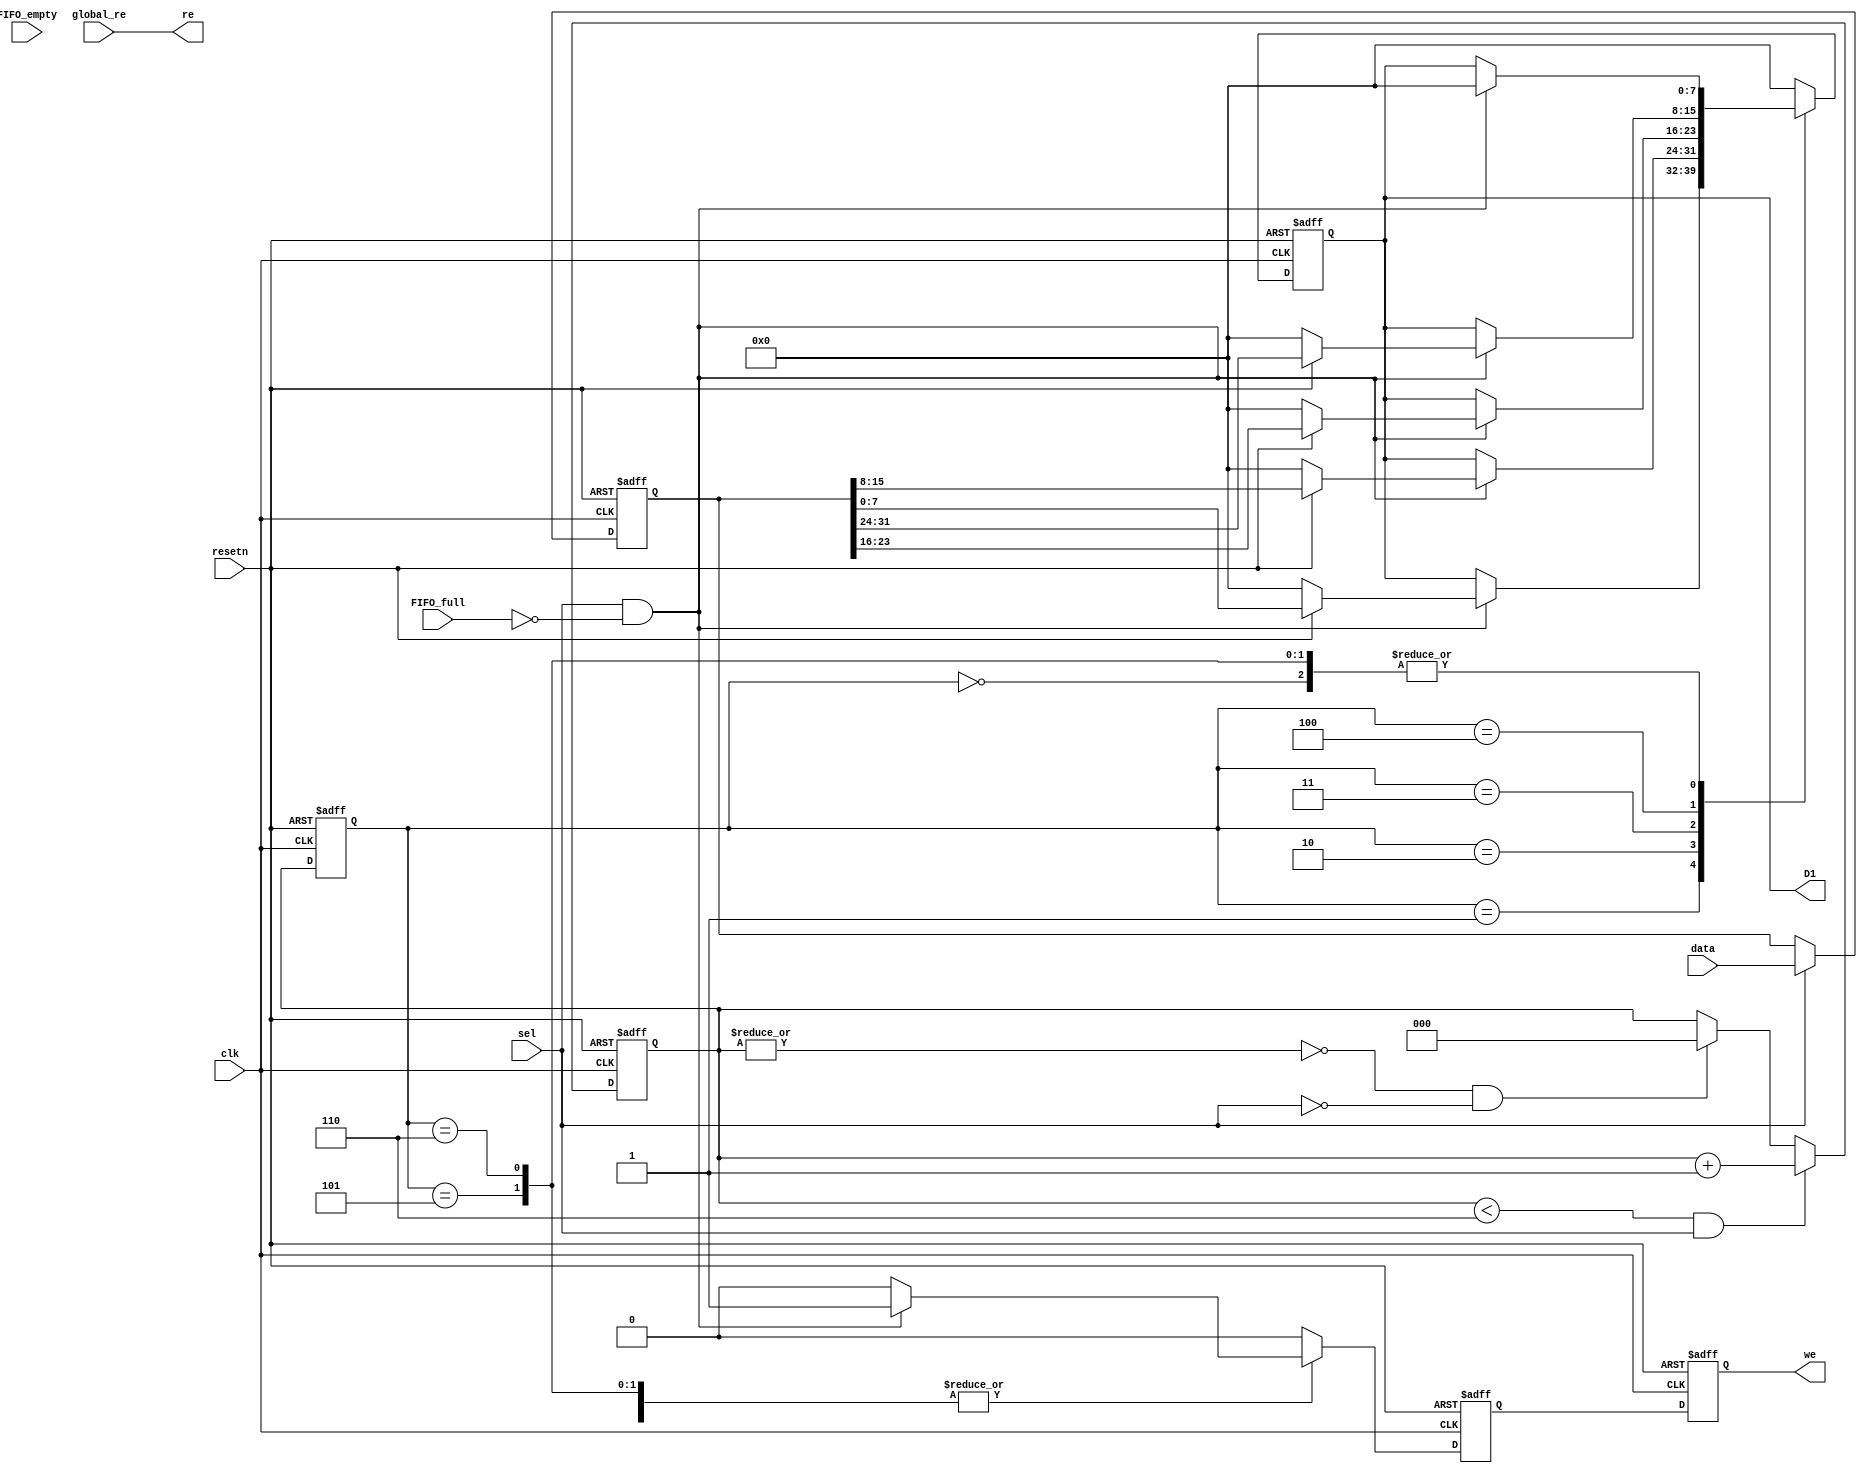
module Data_Sequencer_V3_N2_W2 (
 // Global Clock and Reset
 input clk, 
 input resetn, 
 // Global Select
 input sel, 
 // Payload
 input [31:0] data,
 // Alignment FIFO Status 
 input FIFO_full, 
 input FIFO_empty, 
 // Global Read Enable Signal 
 input global_re, 
 // Alignment We 
 output we, 
 // Alignment Re
 output re, 
 // Sequencer Dataout
 output [7:0] D1
);


// Bug Fix -> Sel Data Storage Issue

reg [31:0] dataQ_f; 

always @ (posedge clk or negedge resetn) begin 
  if (~resetn) 
    dataQ_f <= 0; 
  else 
    if (sel) 
       dataQ_f <= data; 
    else 
       dataQ_f <= dataQ_f; 
end


// FIFO Control 
reg weQ; 
  
// Internal Data Lane
reg [7:0] D1Q;

// Byte Lane Sequences 
reg  [7:0] Byte0Q, Byte1Q, Byte2Q, Byte3Q;  
wire [7:0] Byte0, Byte1, Byte2, Byte3; 

// Bit Counter Variables 
reg [2:0] bcount, bcountf; 
wire [2:0] nbcount; 

// Data Decode
assign Byte0 = dataQ_f[7:0]; 
assign Byte1 = dataQ_f[15:8]; 
assign Byte2 = dataQ_f[23:16]; 
assign Byte3 = dataQ_f[31:24]; 


// Byte Data Storage
  always @ (*) 
 begin
  if (~resetn) 
   begin
     Byte0Q <= 0; 
     Byte1Q <= 0; 
     Byte2Q <= 0; 
     Byte3Q <= 0; 
   end
 else 
   begin
        Byte0Q <= Byte0; 
        Byte1Q <= Byte1; 
        Byte2Q <= Byte2; 
        Byte3Q <= Byte3; 
    end
 end  

// Bit Counter 
always @ (posedge clk or negedge resetn)
  begin
    if (~resetn) 
     begin
       bcount <= 0; 
       bcountf <= 0;
     end
    else 
     begin
       bcountf <= nbcount;  
       bcount <= bcountf; 
     end
  end

// Bit Counter Increment Logic 
assign nbcount = ((bcountf < 3'd6) && sel) ? bcountf + 3'd1 : (~|bcountf && ~sel) ? 0 : bcountf; 

// Sequencer 
always @ (posedge clk or negedge resetn) 
  begin
    if (~resetn)
      begin
       D1Q <= 0;
       weQ <= 0; 
      end
    else 
      begin
        case(bcount) 
          3'd0 : begin if (sel && ~FIFO_full) begin D1Q <= 0; weQ <= 1; end  else weQ <= 0; end
          3'd1 : begin if (sel && ~FIFO_full) begin D1Q <= Byte0Q; weQ <= 1; end  else weQ <= 0; end
          3'd2 : begin if (sel && ~FIFO_full) begin D1Q <= Byte1Q; weQ <= 1; end  else weQ <= 0; end
          3'd3 : begin if (sel && ~FIFO_full) begin D1Q <= Byte2Q; weQ <= 1; end  else weQ <= 0; end
          3'd4 : begin if (sel && ~FIFO_full) begin D1Q <= Byte3Q; weQ <= 1; end       else weQ <= 0; end
          3'd5 : begin if (sel && ~FIFO_full) begin D1Q <= 0; weQ <= 1; end       else weQ <= 0; end
          3'd6 : begin if (sel && ~FIFO_full) begin D1Q <= 0; weQ <= 1; end       else weQ <= 0; end 
          default : begin  D1Q <= 0; weQ <= 0; end
        endcase
    end 
  end
  
  reg we_pipe; 
  
  always @ (posedge clk or negedge resetn) 
    begin 
      if (~resetn) 
        we_pipe <= 0; 
      else 
        we_pipe <= weQ; 
    end

// Output Data Assignment 
  assign D1 = D1Q; 
  assign we = we_pipe; 
  assign re = global_re; 

endmodule
module Alignment_Top_N2_W2 #(parameter W = 32)(
  
  // Clock and Reset 
  input clk, 
  input resetn, 
  
  input sel, 
  
  // Payload 
  input [W-1:0] data, 
  
  // Read Logic 
  input global_re, 
  
  
  // Aligned Data 
  output [7:0] aligned_data,

  output fifo_full_top, 

  output fifo_empty_top
  
); 
  
  wire [7:0] data_conn; 
  wire full, empty; 
  wire r, w; 
  
  Data_Sequencer_V3_N2_W2 sequencer0(
    .clk(clk), 
    .resetn(resetn),
    .sel(sel),
    .data(data),
    .FIFO_full(full), 
    .FIFO_empty(empty), 
    .global_re(global_re), 
    .we(w), 
    .re(r), 
    .D1(data_conn)
  );
  
  Circular_FIFO alignment_fifo0(
    .clk(clk), 
    .resetn(resetn), 
    .we(w), 
    .re(r), 
    .data(data_conn), 
    .fifo_full(full), 
    .fifo_empty(empty), 
    .dataout(aligned_data)
); 

assign fifo_empty_top = empty; 
assign fifo_full_top  = full; 
  
endmodule